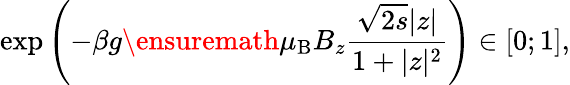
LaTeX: \exp\left(-\beta g{\ensuremath{\mu_{\mathrm{B}}}}B_{z}\frac{\sqrt{2s}|z|}{1+|z|^{2}}\right)\in[0;1],